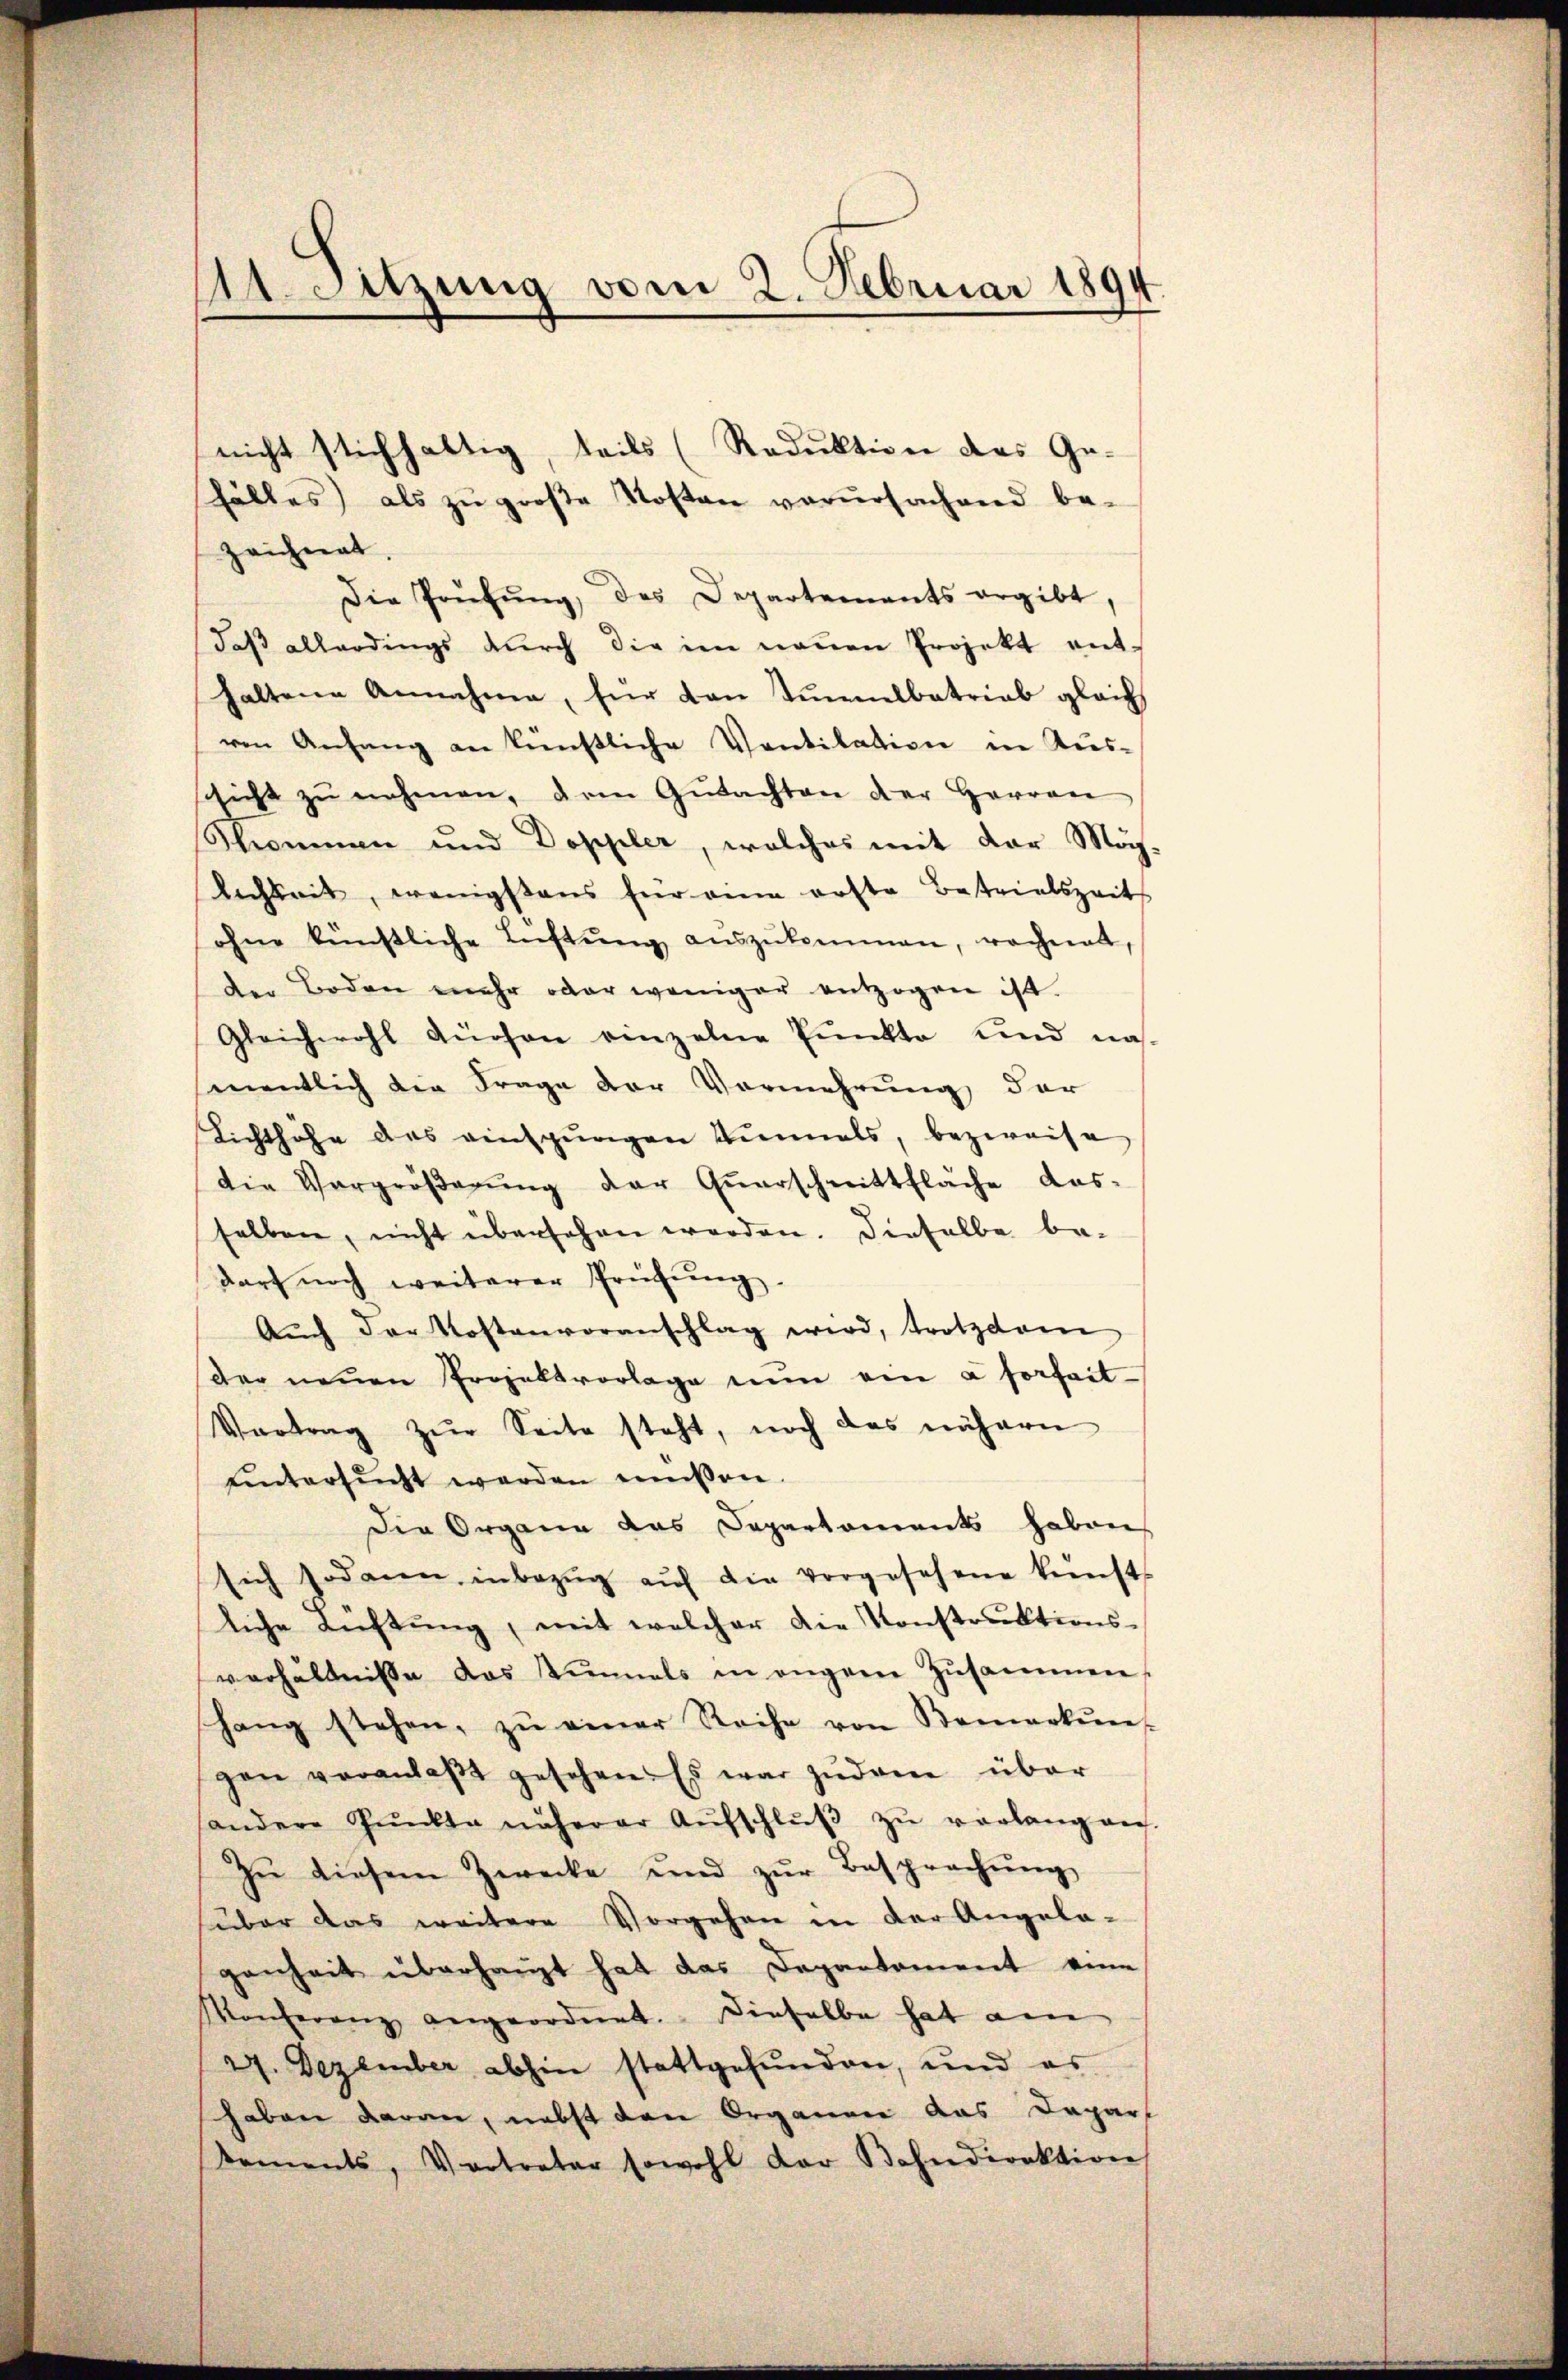
1. Sitzung vom 2. Februar 1894

nicht stichhaltig, teils (Reduktion des Ge-
hälles als zu große Kosten verŭrsachend be-
zeichnet.
Die Prüfung, das Departements ergibt,
daß allerdings durch die im neuen Projekt enthaltene Annahme, für von Tunnelbetrieb gleich
ren Anfang an künstliche Ventilation in Kies-
schicht zŭ nehmen, dem Gŭtachten der Herren
Strommen und Doppler, welches mit der Mög-
lichkeit, wenigstens für eine erste Betrielszeits
ohne künstliche Luftŭng aŭszŭkommen, rechnet,
der Boden mehr oder weniger entzogen ist.
Gleichwohl Füchen einzelne Punkte und namentlich die Frage der Vermehrung der
Lichthöhe des einspŭngen Einmals, bezweife
Die Vergrößerung der Quarschnittfläche das-
selben, nicht übersehen worden. Dieselbe be-
darf noch weiterer Prüfŭng.
Aŭch der Kostenvoranschlag wird, trotzdem
der neŭen Projektvorlage nun ein à forfait
Vortrag zur Seite steht, noch das nähern
ŭntersŭcht werden müssen.
Die Organe das Departements haben
sich sodann inbezŭg aŭf die vorgesehene künst-
liche Richtung, mit welcher die Konstruktions-
verhältnisse das Zimmels in engene Zŭsammen,
hang stehen, zŭ einer Reihe von Bemerkŭn
gen veranlaβt gesehen. Es war zudem über
andere Pŭnkte näherer Aŭfschlŭβ zŭ verlangen
Zŭ diesem Zwecke und zŭr Besprechŭng
über das weitere Vorgehen in der Angela-
genheit überhaupt hat das Departement eine
Konferenz angeordnet. Dieselbe hat am
44. Dezember abhin stattgefunden, und es
haben daran, nebst den Organen das Depart
Dements, Vertreter sowohl der Bahndirektion